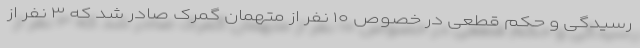
رسیدگی و حکم قطعی در خصوص ۱۰ نفر از متهمان گمرک صادر شد که ۳ نفر از